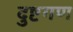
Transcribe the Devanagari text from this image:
दुष्टगण